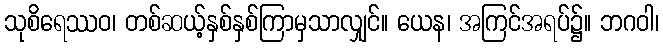
သုစိရေဿဝ၊ တစ်ဆယ့်နှစ်နှစ်ကြာမှသာလျှင်။ ယေန၊ အကြင်အရပ်၌။ ဘဂဝါ၊